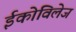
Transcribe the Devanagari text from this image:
ईकोविलेज